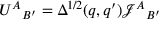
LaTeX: { U ^ { A } } _ { B ^ { \prime } } = \Delta ^ { 1 / 2 } ( q , q ^ { \prime } ) { \mathcal { J } ^ { A } } _ { B ^ { \prime } }